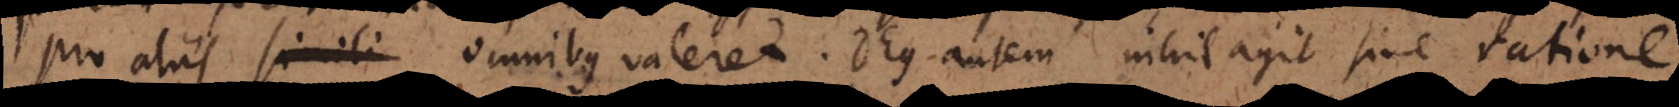
pro aliis simili omnibus valeret. Deus autem nihil agit sine ratione.